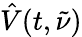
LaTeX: \hat{V}(t,\tilde{\nu})